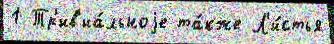
1 Тр'ив'иа́льноjе та́кже Л'и́стья